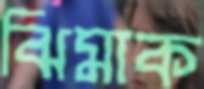
ঝিমাক